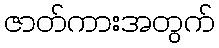
ဇာတ်ကားအတွက်